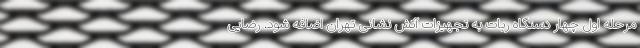
مرحله اول چهار دستگاه ربات به تجهیزات آتش نشانی تهران اضافه شود. رضایی